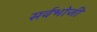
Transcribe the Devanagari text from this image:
सर्वभोजी